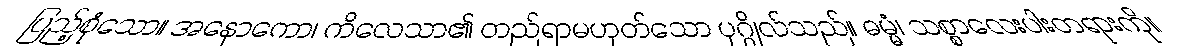
ပြည့်စုံသော။ အနောကော၊ ကိလေသာ၏ တည်ရာမဟုတ်သော ပုဂ္ဂိုလ်သည်။ ဓမ္မံ၊ သစ္စာလေးပါးတရားကို။